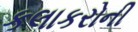
કલાકરોની